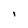
Character: I